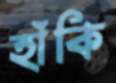
হাঁকি